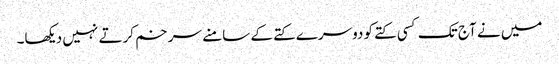
میں نے آج تک کسی کتے کو دوسرے کتے کے سامنے سر خم کرتے نہیں دیکھا۔